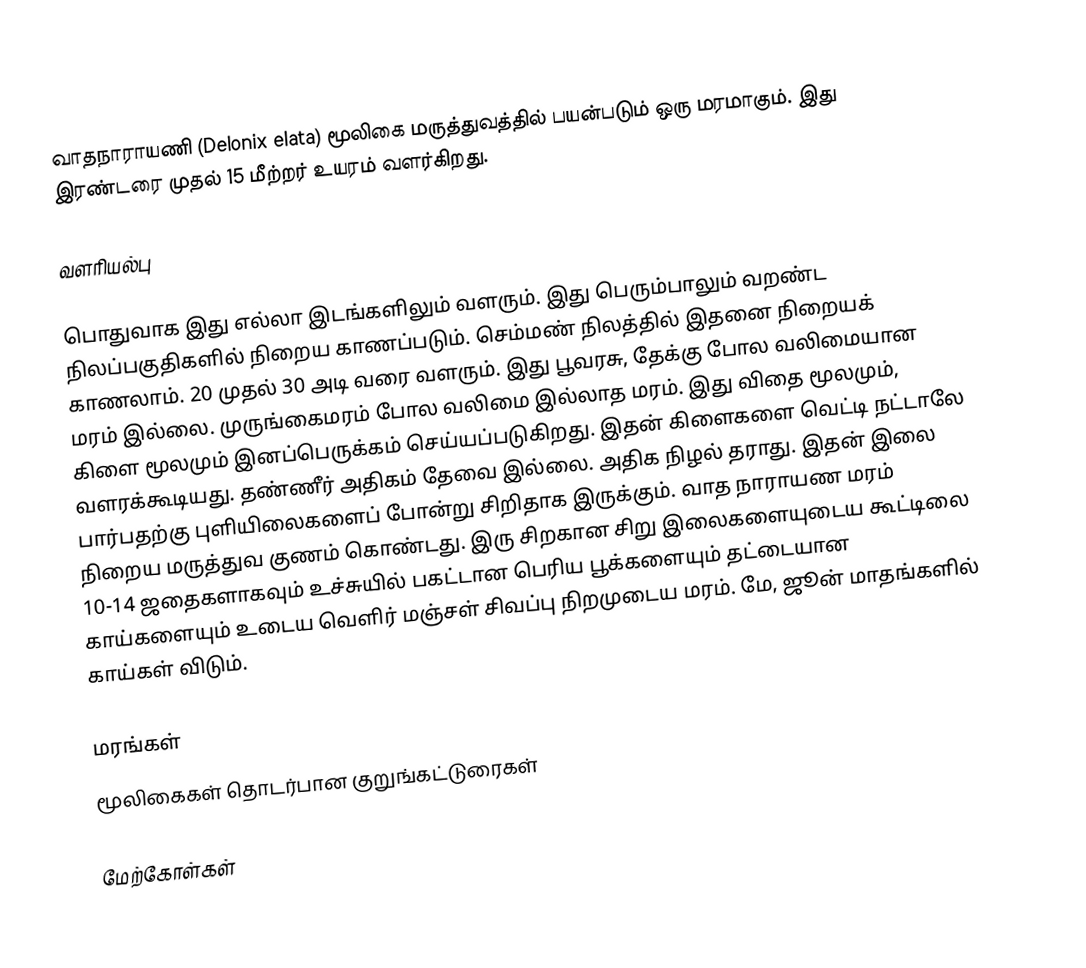
வாதநாராயணி (Delonix elata) மூலிகை மருத்துவத்தில் பயன்படும் ஒரு மரமாகும். இது இரண்டரை முதல் 15 மீற்றர் உயரம் வளர்கிறது.

வளரியல்பு

பொதுவாக இது எல்லா இடங்களிலும் வளரும். இது பெரும்பாலும் வறண்ட நிலப்பகுதிகளில் நிறைய காணப்படும். செம்மண் நிலத்தில் இதனை நிறையக் காணலாம். 20 முதல் 30 அடி வரை வளரும். இது பூவரசு, தேக்கு போல வலிமையான மரம் இல்லை. முருங்கைமரம் போல வலிமை இல்லாத மரம். இது விதை மூலமும், கிளை மூலமும் இனப்பெருக்கம் செய்யப்படுகிறது.  இதன் கிளைகளை வெட்டி நட்டாலே வளரக்கூடியது. தண்ணீர் அதிகம் தேவை இல்லை. அதிக நிழல் தராது. இதன் இலை பார்பதற்கு புளியிலைகளைப் போன்று சிறிதாக இருக்கும்.  வாத நாராயண மரம் நிறைய மருத்துவ குணம் கொண்டது. இரு சிறகான சிறு இலைகளையுடைய கூட்டிலை 10-14 ஜதைகளாகவும் உச்சுயில் பகட்டான பெரிய பூக்களையும் தட்டையான காய்களையும் உடைய வெளிர் மஞ்சள் சிவப்பு நிறமுடைய மரம். மே, ஜூன் மாதங்களில் காய்கள் விடும்.

மரங்கள்
மூலிகைகள் தொடர்பான குறுங்கட்டுரைகள்

மேற்கோள்கள்